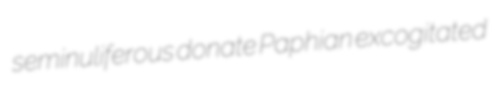
seminuliferous donate Paphian excogitated